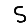
Digit: 5